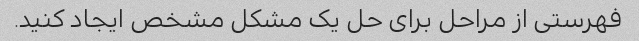
فهرستی از مراحل برای حل یک مشکل مشخص ایجاد کنید.